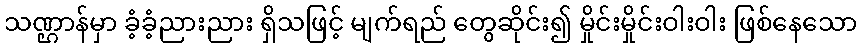
သဏ္ဌာန်မှာ ခံ့ခံ့ညားညား ရှိသဖြင့် မျက်ရည် တွေဆိုင်း၍ မှိုင်းမှိုင်းဝါးဝါး ဖြစ်နေသော